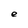
Character: e